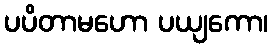
ပပိတာမဟော ပယျကော၊